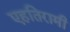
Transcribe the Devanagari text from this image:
एहतिरामी